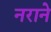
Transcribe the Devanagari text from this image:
नराने